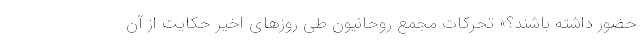
حضور داشته باشند؟» تحرکات مجمع روحانیون طی روزهای اخیر حکایت از آن